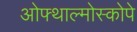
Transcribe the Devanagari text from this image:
ओफ्थाल्मोस्कोपे